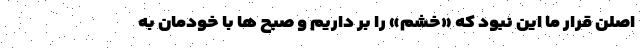
اصلن قرارِ ما این نبود که «خشم» را بر داریم و صبح ها با خودمان به